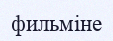
фильміне